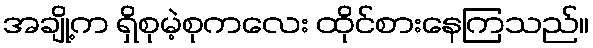
အချို့က ရှိစုမဲ့စုကလေး ထိုင်စားနေကြသည်။